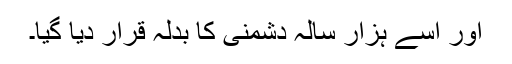
اور اسے ہزار سالہ دشمنی کا بدلہ قرار دیا گیا۔